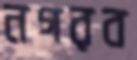
নগরব